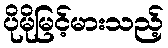
ပိုမိုမြင့်မားသည့်